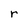
Character: r